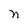
Character: n